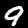
Digit: 9